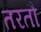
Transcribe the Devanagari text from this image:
तरतौ